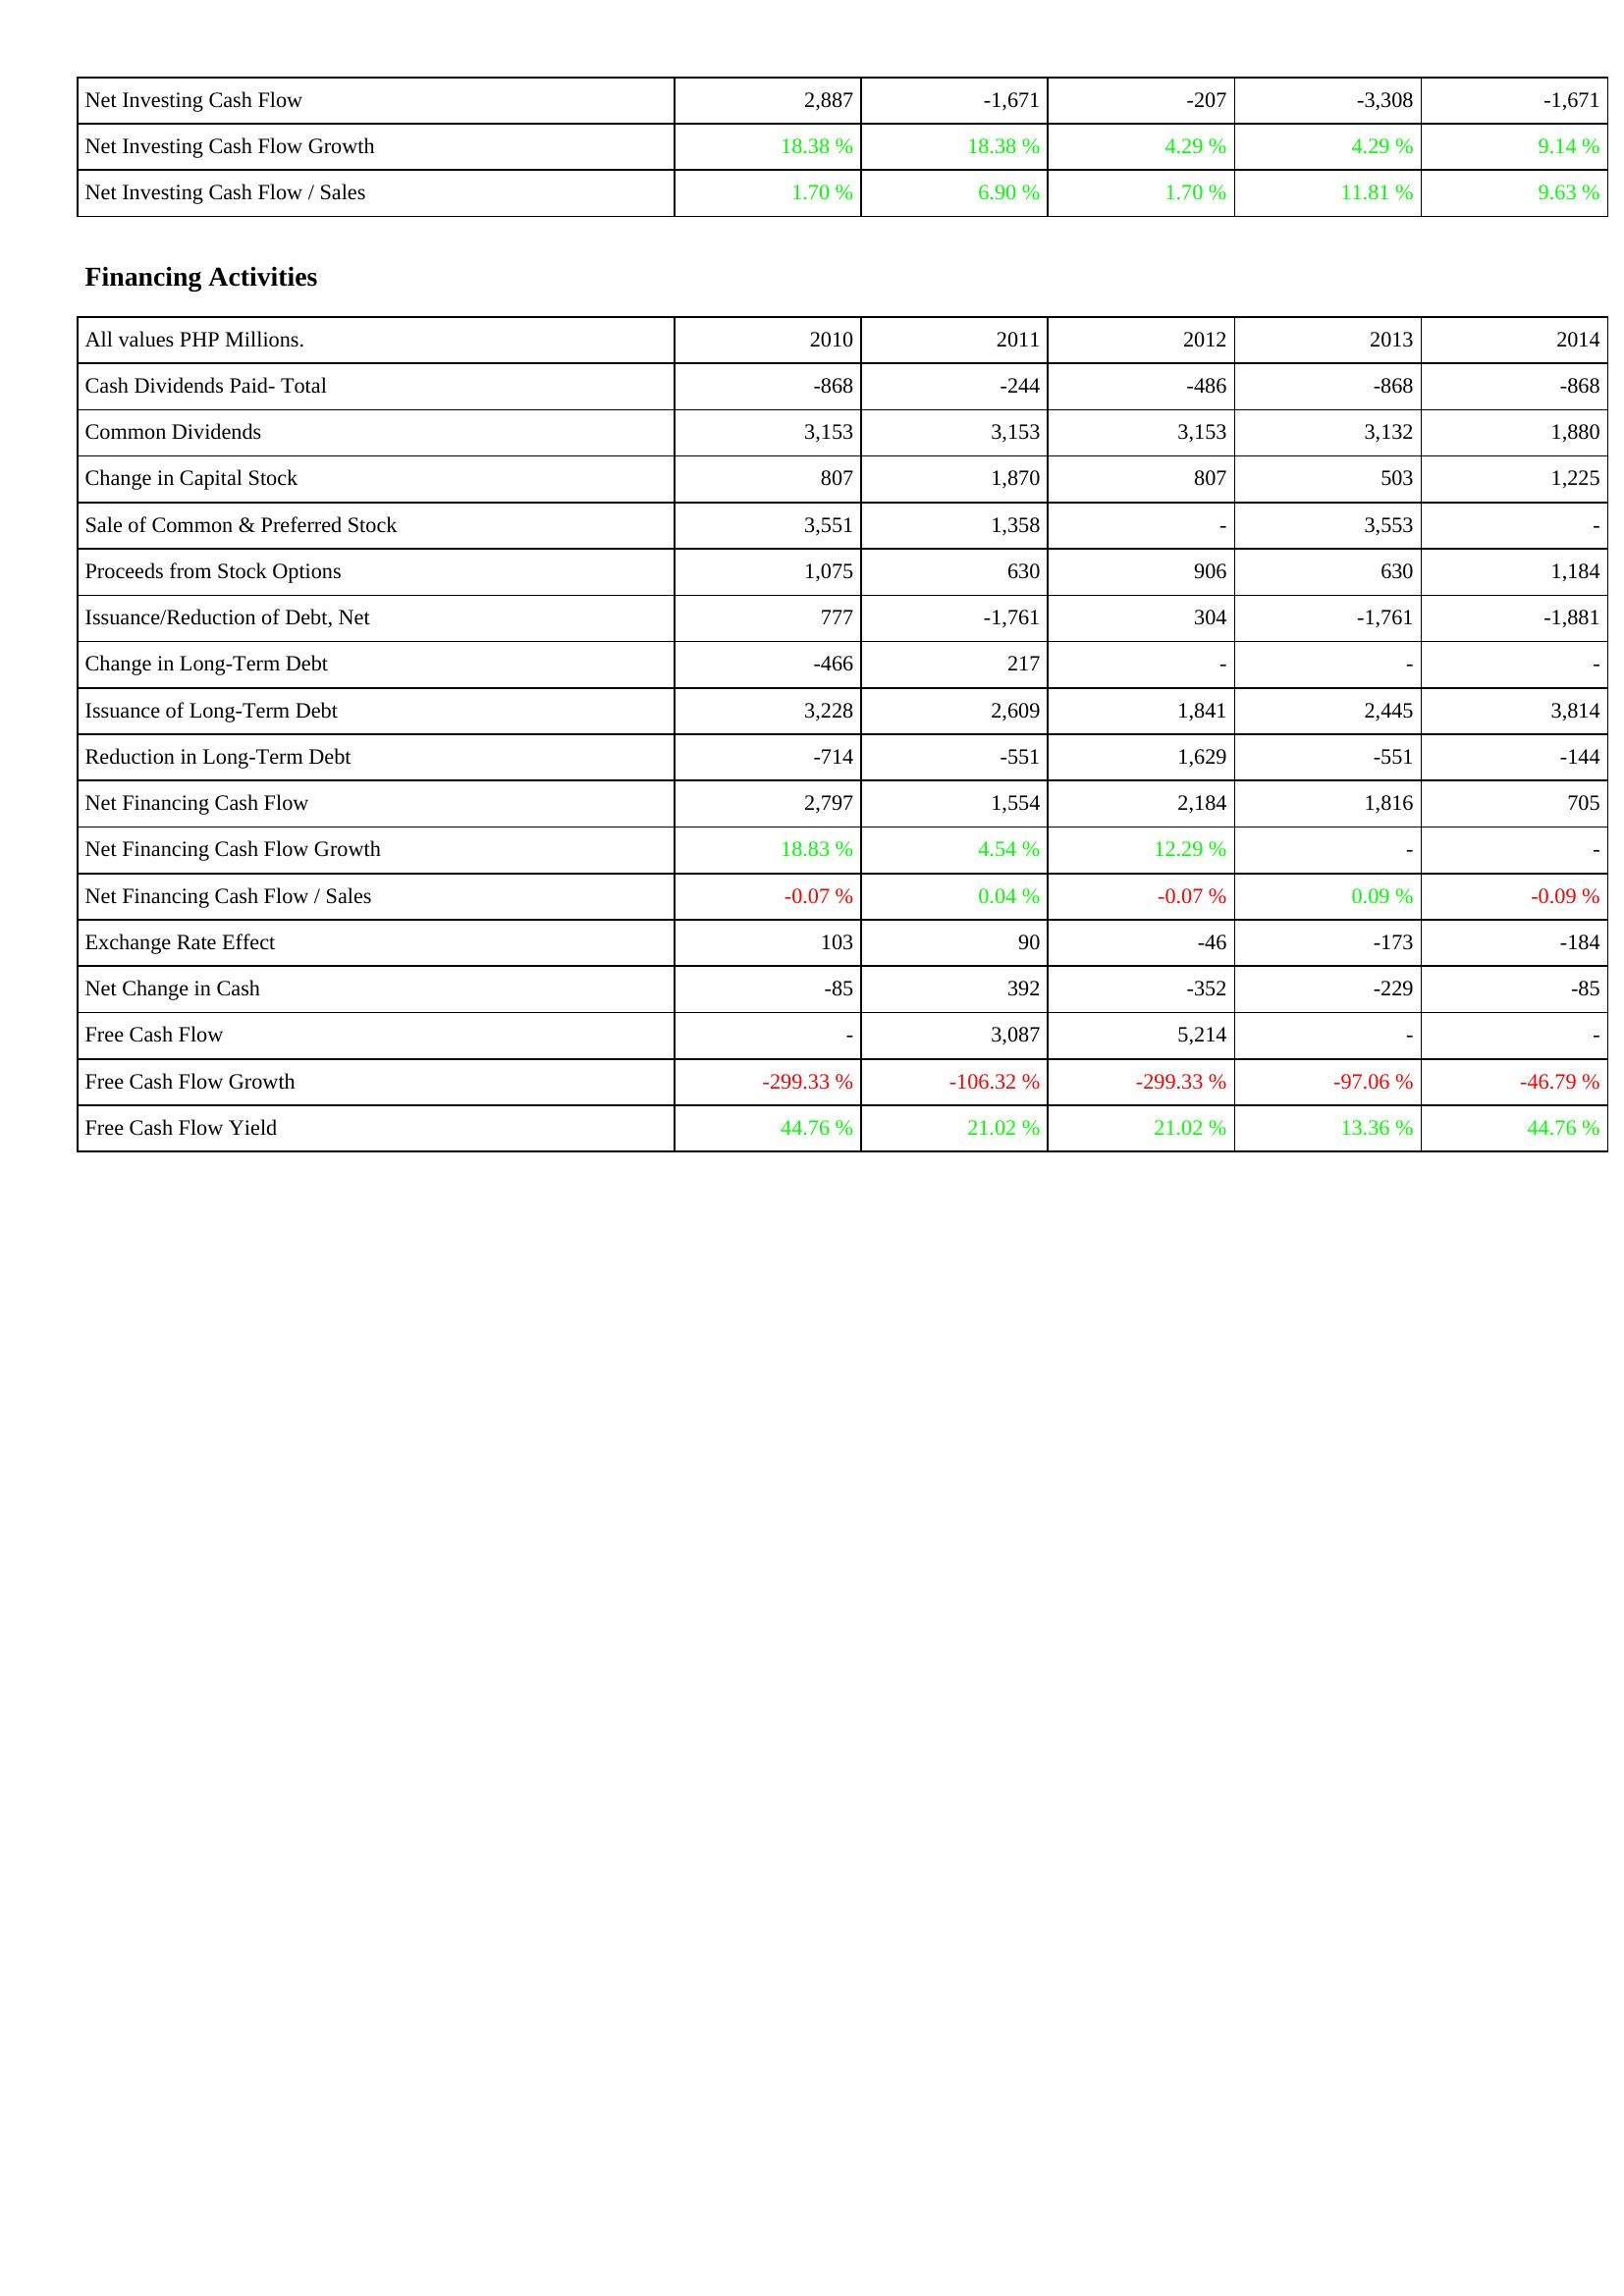
2010: Investing Activities: Net Investing Cash Flow: 2,887
Net Investing Cash Flow Growth: 18.38 %
Net Investing Cash Flow / Sales: 1.70 %
Financing Activities: Cash Dividends Paid- Total: -868
Common Dividends: 3,153
Change in Capital Stock: 807
Sale of Common & Preferred Stock: 3,551
Proceeds from Stock Options: 1,075
Issuance/Reduction of Debt, Net: 777
Change in Long-Term Debt: -466
Issuance of Long-Term Debt: 3,228
Reduction in Long-Term Debt: -714
Net Financing Cash Flow: 2,797
Net Financing Cash Flow Growth: 18.83 %
Net Financing Cash Flow / Sales: -0.07 %
Exchange Rate Effect: 103
Net Change in Cash: -85
Free Cash Flow: -
Free Cash Flow Growth: -299.33 %
Free Cash Flow Yield: 44.76 %
2011: Investing Activities: Net Investing Cash Flow: -1,671
Net Investing Cash Flow Growth: 18.38 %
Net Investing Cash Flow / Sales: 6.90 %
Financing Activities: Cash Dividends Paid- Total: -244
Common Dividends: 3,153
Change in Capital Stock: 1,870
Sale of Common & Preferred Stock: 1,358
Proceeds from Stock Options: 630
Issuance/Reduction of Debt, Net: -1,761
Change in Long-Term Debt: 217
Issuance of Long-Term Debt: 2,609
Reduction in Long-Term Debt: -551
Net Financing Cash Flow: 1,554
Net Financing Cash Flow Growth: 4.54 %
Net Financing Cash Flow / Sales: 0.04 %
Exchange Rate Effect: 90
Net Change in Cash: 392
Free Cash Flow: 3,087
Free Cash Flow Growth: -106.32 %
Free Cash Flow Yield: 21.02 %
2012: Investing Activities: Net Investing Cash Flow: -207
Net Investing Cash Flow Growth: 4.29 %
Net Investing Cash Flow / Sales: 1.70 %
Financing Activities: Cash Dividends Paid- Total: -486
Common Dividends: 3,153
Change in Capital Stock: 807
Sale of Common & Preferred Stock: -
Proceeds from Stock Options: 906
Issuance/Reduction of Debt, Net: 304
Change in Long-Term Debt: -
Issuance of Long-Term Debt: 1,841
Reduction in Long-Term Debt: 1,629
Net Financing Cash Flow: 2,184
Net Financing Cash Flow Growth: 12.29 %
Net Financing Cash Flow / Sales: -0.07 %
Exchange Rate Effect: -46
Net Change in Cash: -352
Free Cash Flow: 5,214
Free Cash Flow Growth: -299.33 %
Free Cash Flow Yield: 21.02 %
2013: Investing Activities: Net Investing Cash Flow: -3,308
Net Investing Cash Flow Growth: 4.29 %
Net Investing Cash Flow / Sales: 11.81 %
Financing Activities: Cash Dividends Paid- Total: -868
Common Dividends: 3,132
Change in Capital Stock: 503
Sale of Common & Preferred Stock: 3,553
Proceeds from Stock Options: 630
Issuance/Reduction of Debt, Net: -1,761
Change in Long-Term Debt: -
Issuance of Long-Term Debt: 2,445
Reduction in Long-Term Debt: -551
Net Financing Cash Flow: 1,816
Net Financing Cash Flow Growth: -
Net Financing Cash Flow / Sales: 0.09 %
Exchange Rate Effect: -173
Net Change in Cash: -229
Free Cash Flow: -
Free Cash Flow Growth: -97.06 %
Free Cash Flow Yield: 13.36 %
2014: Investing Activities: Net Investing Cash Flow: -1,671
Net Investing Cash Flow Growth: 9.14 %
Net Investing Cash Flow / Sales: 9.63 %
Financing Activities: Cash Dividends Paid- Total: -868
Common Dividends: 1,880
Change in Capital Stock: 1,225
Sale of Common & Preferred Stock: -
Proceeds from Stock Options: 1,184
Issuance/Reduction of Debt, Net: -1,881
Change in Long-Term Debt: -
Issuance of Long-Term Debt: 3,814
Reduction in Long-Term Debt: -144
Net Financing Cash Flow: 705
Net Financing Cash Flow Growth: -
Net Financing Cash Flow / Sales: -0.09 %
Exchange Rate Effect: -184
Net Change in Cash: -85
Free Cash Flow: -
Free Cash Flow Growth: -46.79 %
Free Cash Flow Yield: 44.76 %